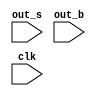
module checker1to1 (
    input  out_s,
    input  out_b,
    input clk,
);

reg tester;

always@(posedge clk) begin
    if(out_b != out_s)
    begin
       $display ("ERROR behavioral file and structural file are not the same");
       test <= 1;
     end // end display

     else begin
        test <= 0;
      end //else
end // always checker

endmodule